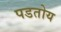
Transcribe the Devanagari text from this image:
पडतोय